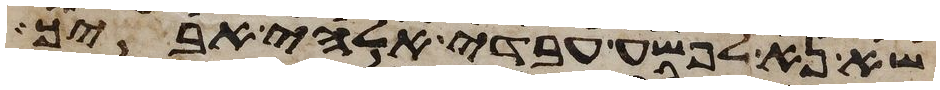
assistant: שא נא לפשע עבדי אלהי אביך